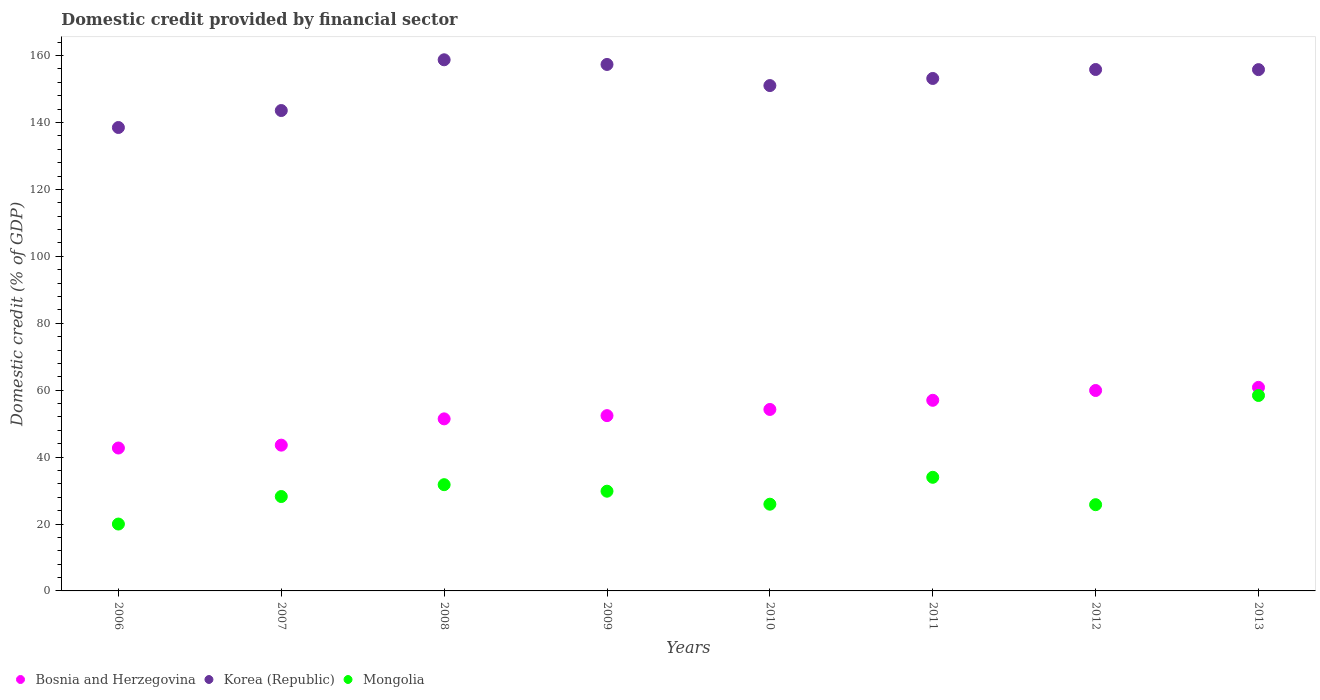
| Years | Bosnia and Herzegovina | Korea (Republic) | Mongolia |
 | --- | --- | --- | --- |
 | 2006 | 42.7 | 139 | 20 |
 | 2007 | 43.6 | 144 | 28.2 |
 | 2008 | 51.4 | 159 | 31.8 |
 | 2009 | 52.4 | 157 | 29.8 |
 | 2010 | 54.2 | 151 | 25.9 |
 | 2011 | 57 | 153 | 34 |
 | 2012 | 59.9 | 156 | 25.8 |
 | 2013 | 60.8 | 156 | 58.4 |